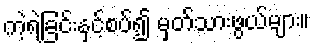
ကဲ့ရဲ့ခြင်းနှင့်စပ်၍ မှတ်သားဖွယ်များ။